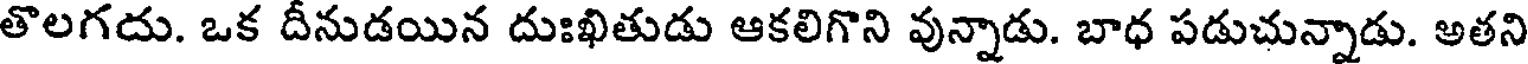
తొలగదు. ఒక దీనుడయిన దుఃఖితుడు ఆకలిగొని వున్నాడు. బాధ పడుచున్నాడు. అతని